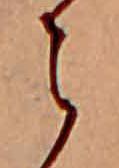
ら